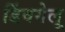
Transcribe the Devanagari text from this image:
डिंवगेलू